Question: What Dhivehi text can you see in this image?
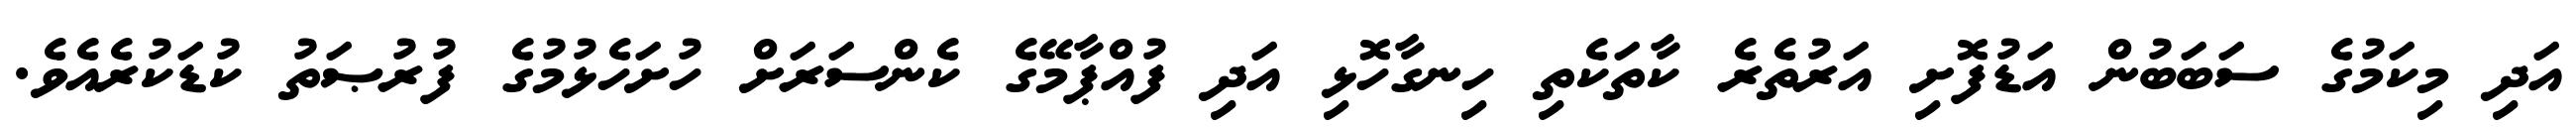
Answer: އަދި މިކަމުގެ ސަބަބުން އަޑުފޮށި އަރުތެރެ ކާތަކެތި ހިނގާހޮޅި އަދި ފުއްޕާމޭގެ ކެންސަރަށް ހުށަހެޅުމުގެ ފުރުޞަތު ކުޑަކުރެއެވެ.